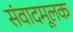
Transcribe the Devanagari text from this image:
संवादमूलक